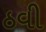
ઠવી